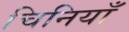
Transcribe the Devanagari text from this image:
चिनियाँ